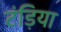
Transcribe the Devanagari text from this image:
टंड़िया